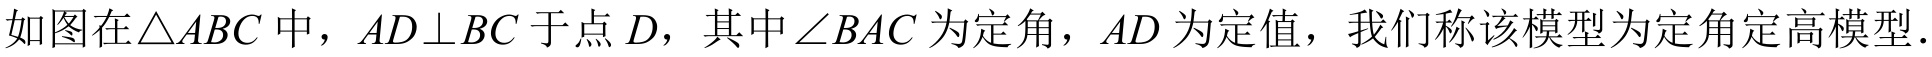
如图在\(\triangle ABC\) 中，\(AD\perp BC\) 于点 \(D\)，其中\(\angle BAC\) 为定角，\(AD\) 为定值，我们称该模型为定角定高模型．